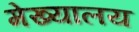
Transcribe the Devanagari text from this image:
मेख्यालय